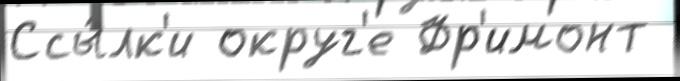
Ссы́лк'и округ'е Фр'имонт